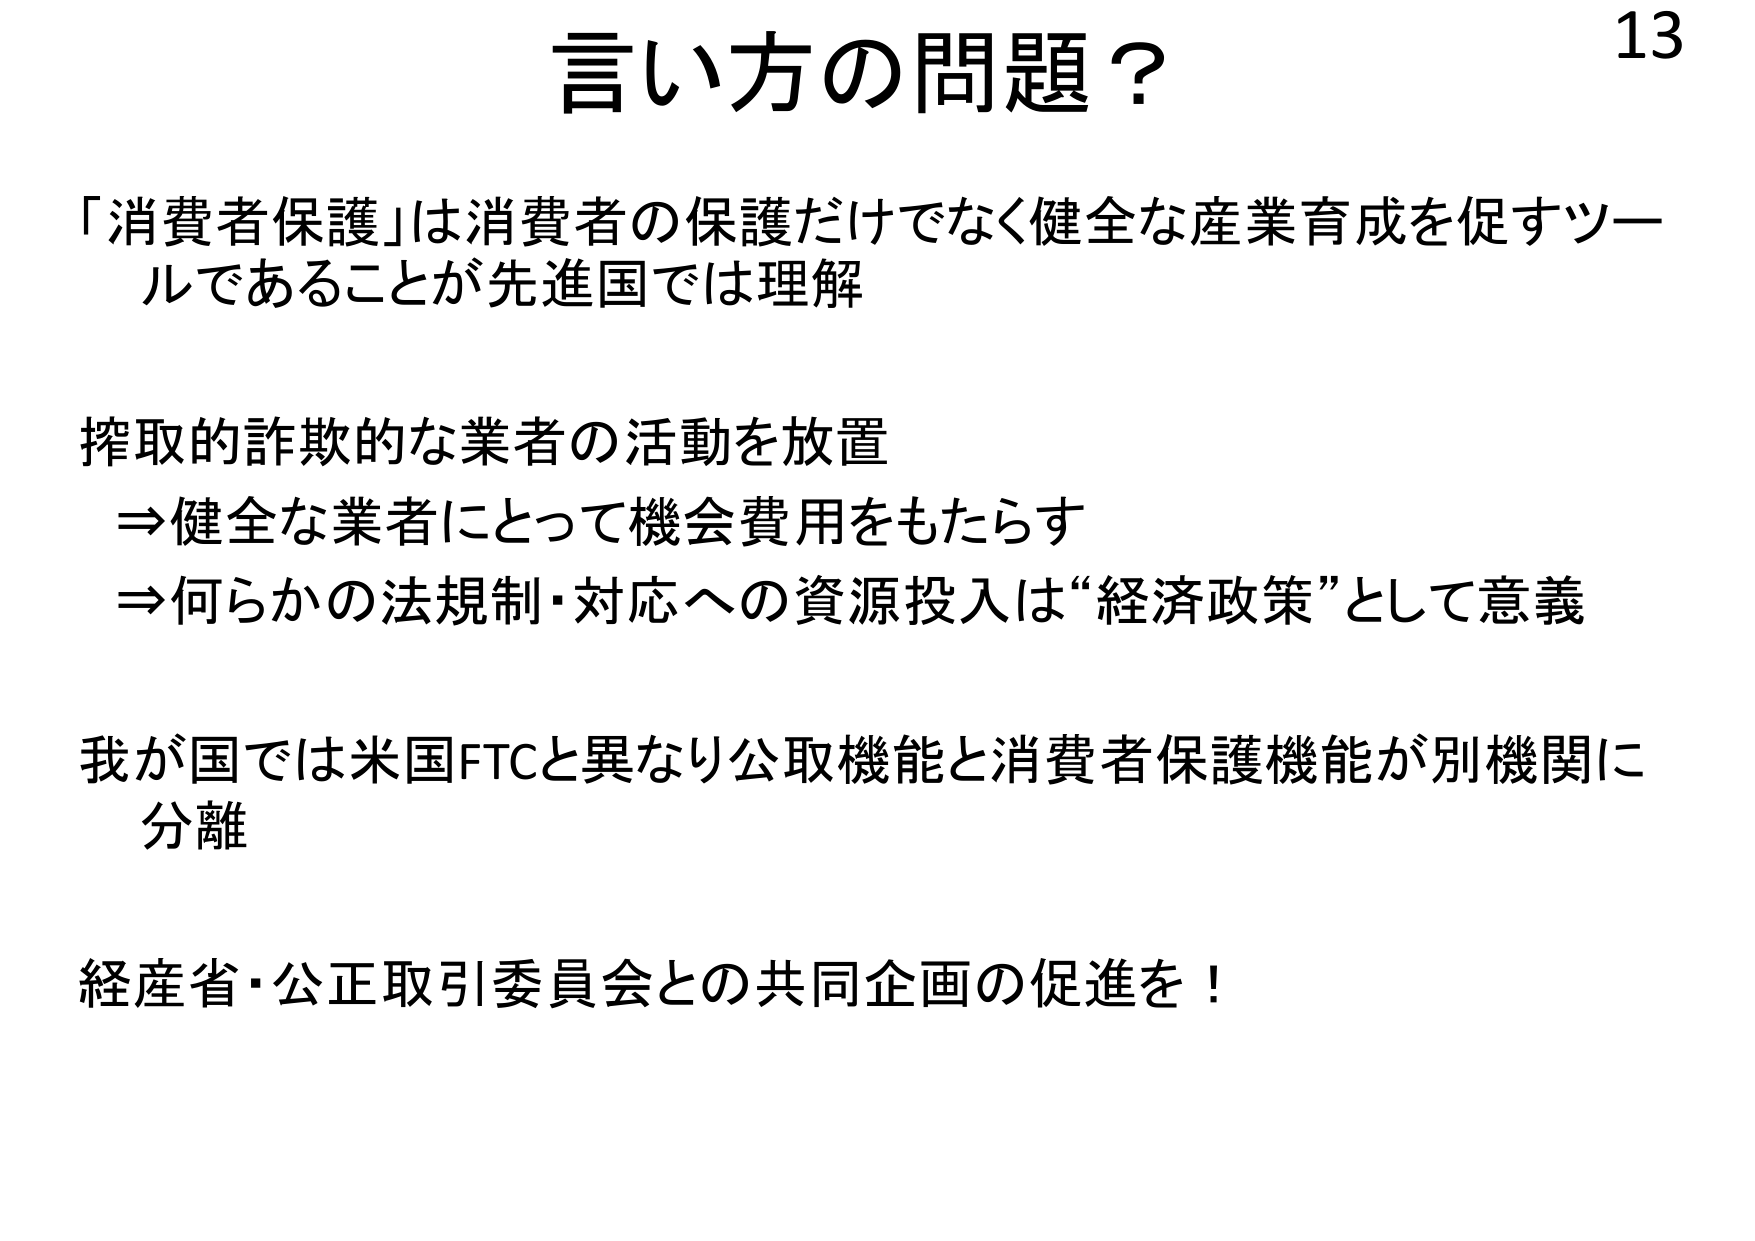
13
言い方の問題？
「消費者保護」は消費者の保護だけでなく健全な産業育成を促すツールであることが先進国では理解
搾取的詐欺的な業者の活動を放置
⇒健全な業者にとって機会費用をもたらす
⇒何らかの法規制・対応への資源投入は“経済政策”として意義
我が国では米国FTCと異なり公取機能と消費者保護機能が別機関に分離
経産省・公正取引委員会との共同企画の促進を！